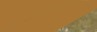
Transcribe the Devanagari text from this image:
ग्रिर्फोइगोदुय्दुग्दुएओगिसोद्त्घ्दीईईईईइगोफुसूऔऔऔऔऔऔऔऔऔऔऔऔऔऔऔऔऔऔऔऔऔऔऔऔऔऔऔऔओइरुफ्गुइस्ग्फिस्ग्फुय्ग्क्षुऔऔऔऔऔऔऔऔऔऔऔऔऔऔऔऔऔऔऔऔऔऔऔऔऔऔऔऔऔऔऔऔऔऔऔऔऔऔऔऔऔऔऔऔऔऔऔऔऔऔऔऔऔऔऔऔऔऔऔऔऔऔऔऔऔऔऔऔऔऔऔऔऔऔऔऔऔऔऔऔऔऔऔऔऔऔऔऔऔऔऔऔऔऔऔऔऔऔऔऔऔऔऔऔऔऔऔऔ